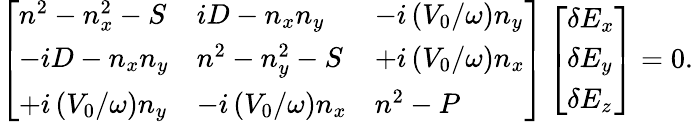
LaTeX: \left[\begin{array}{lll}{n^{2}-n_{x}^{2}-S}&{iD-n_{x}n_{y}}&{-i\left(V_{0}/\omega\right)n_{y}}\\ {-iD-n_{x}n_{y}}&{n^{2}-n_{y}^{2}-S}&{+i\left(V_{0}/\omega\right)n_{x}}\\ {+i\left(V_{0}/\omega\right)n_{y}}&{-i\left(V_{0}/\omega\right)n_{x}}&{n^{2}-P}\end{array}\right]\left[\begin{array}{l}{\delta E_{x}}\\ {\delta E_{y}}\\ {\delta E_{z}}\end{array}\right]=0.